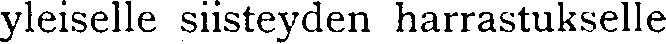
yleiselle siisteyden harrastukselle